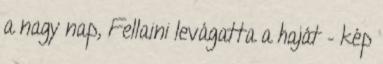
a nagy nap, Fellaini levágatta a haját – kép